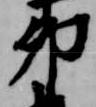
卯